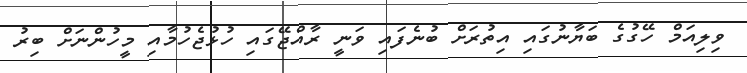
ވިލިއަމް ހޭގުގެ ބަޔާނުގައި އިތުރަށް ބުނެފައި ވަނީ ރާއްޖޭގައި ހުޅުޖެހުމާއި މީހުންނަށް ބިރު